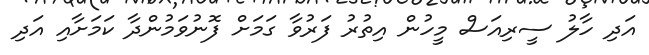
އަދި ހާލު ސީރިއަސް މީހުން އިތުރު ފަރުވާ ގަމަށް ފޮނުވަމުންދާ ކަމަށާއި އަދި